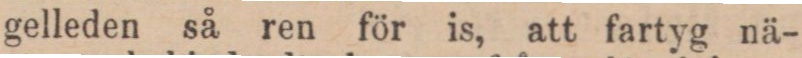
gelleden så ren för is, att fartyg nä-